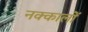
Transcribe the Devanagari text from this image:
नक्कालों